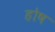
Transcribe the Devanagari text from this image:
होष